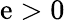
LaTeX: \mathrm{e}>0